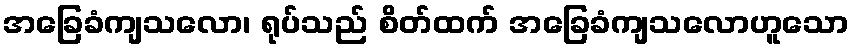
အခြေခံကျသလော၊ ရုပ်သည် စိတ်ထက် အခြေခံကျသလောဟူသော